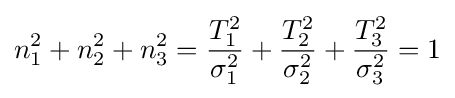
n_{1}^{2}+n_{2}^{2}+n_{3}^{2}={\frac {T_{1}^{2}}{\sigma _{1}^{2}}}+{\frac {T_{2}^{2}}{\sigma _{2}^{2}}}+{\frac {T_{3}^{2}}{\sigma _{3}^{2}}}=1